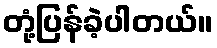
တုံ့ပြန်ခဲ့ပါတယ်။